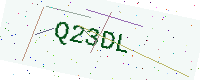
Text: Q23DL